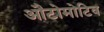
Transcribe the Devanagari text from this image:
औटोमोटिव